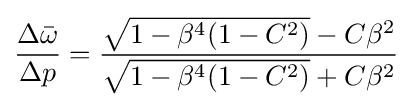
{\frac {\Delta {\bar {\omega }}}{\Delta p}}={\frac {{\sqrt {1-\beta ^{4}(1-C^{2})}}-C\beta ^{2}}{{\sqrt {1-\beta ^{4}(1-C^{2})}}+C\beta ^{2}}}